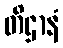
တိဌာနံ